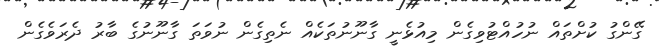
ގޭންގު ކުށްތައް ނުހުއްޓުވިގެން މިއުޅެނީ ގާނޫނުތަކެއް ނެތިގެން ނުވަތަ ގާނޫނުގެ ބާރު ދެރަވެގެން